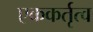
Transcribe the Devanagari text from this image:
एककर्तृत्व